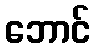
ဘောင်